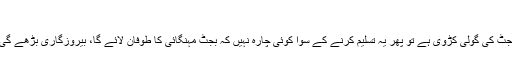
”
جب حکومتی وزراء بھی یہ تسلیم کرنے لگ جائیں کہ بجٹ کی گولی کڑوی ہے تو پھر یہ تسلیم کرنے کے سوا کوئی چارہ نہیں کہ بجٹ مہنگائی کا طوفان لائے گا، بیروزگاری بڑھے گی اور سماجی سطح پر ہیجان اور نفسیاتی انتشار عام ہوگا۔